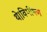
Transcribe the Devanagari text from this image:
थे।विभीषण